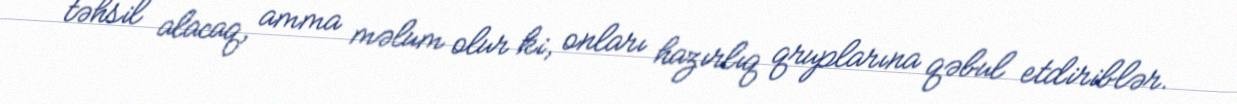
təhsil alacaq, amma məlum olur ki, onları hazırlıq qruplarına qəbul etdiriblər.